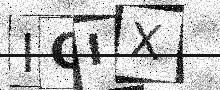
Text: ICIX